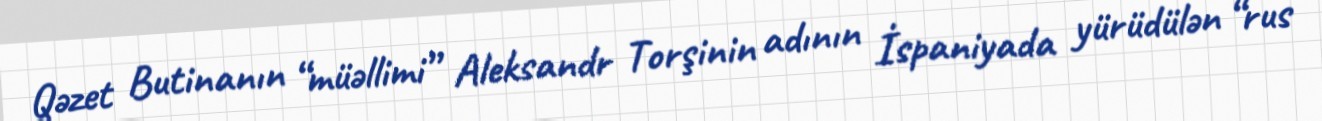
Qəzet Butinanın “müəllimi” Aleksandr Torşinin adının İspaniyada yürüdülən “rus